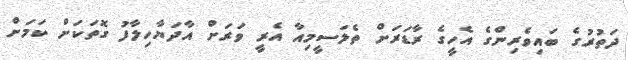
ދަތުރުގެ ބައިވެރިންގެ އެހީގެ ރާޑަރަށް ތެލަސީމިއާ އެރީ ވަރަށް އާދަޔާހިލާފު ގޮތަކަށް ކަމަށް